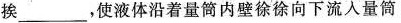
挨______，使液体沿着量筒内壁徐徐向下流入量简